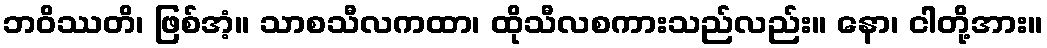
ဘဝိဿတိ၊ ဖြစ်အံ့။ သာစသီလကထာ၊ ထိုသီလစကားသည်လည်း။ နော၊ ငါတို့အား။